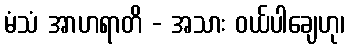
မံသံ အာဟရာတိ - အသား ဝယ်ပါချေဟု၊